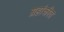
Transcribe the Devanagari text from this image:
ग्रहांकीत